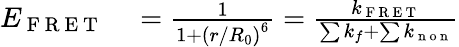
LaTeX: \begin{array}{rl}{E_{\mathrm{~F~R~E~T~}}}&{{}=\frac{1}{1+\left(r/R_{0}\right)^{6}}=\frac{k_{\mathrm{~F~R~E~T~}}}{\sum k_{f}+\sum k_{\mathrm{~n~o~n~}}}}\end{array}